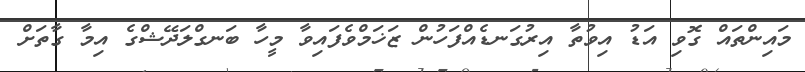
މައިންތައް ގޮވި އަޑު އިވުތާ އިރުގަނޑެއްފަހުން ޒަޚަމްވެފައިވާ މީހާ ބަނގްލަދޭޝްގެ އިމާ ގާތަށް